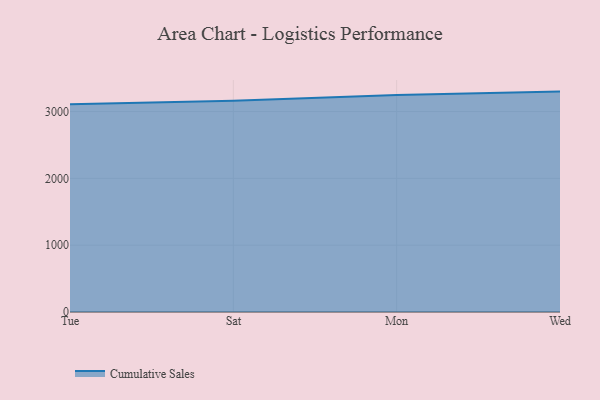
{"axis": {"x": "Day", "y": "Humidity (%)"}, "legend": ["Cumulative Sales"], "data": [{"x": "Tue", "y": 3107.0, "type": "Cumulative Sales"}, {"x": "Sat", "y": 3162.7, "type": "Cumulative Sales"}, {"x": "Mon", "y": 3245.5, "type": "Cumulative Sales"}, {"x": "Wed", "y": 3298.1, "type": "Cumulative Sales"}]}